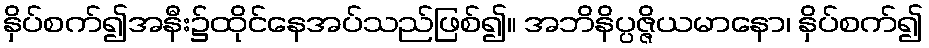
နှိပ်စက်၍အနီး၌ထိုင်နေအပ်သည်ဖြစ်၍။ အဘိနိပ္ပဇ္ဇိယမာနော၊ နှိပ်စက်၍